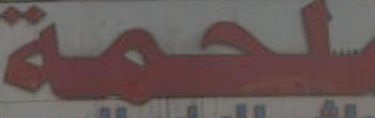
للحمة